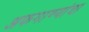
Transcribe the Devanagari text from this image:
अफगाण्यांचा